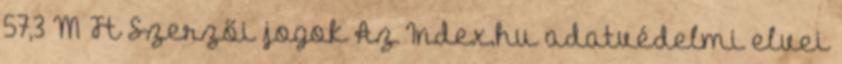
57,3 M Ft Szerzői jogok Az Index.hu adatvédelmi elvei